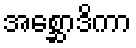
အစ္ဆောဒိကာ